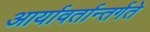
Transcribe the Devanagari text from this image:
आर्यावर्तान्तर्गते